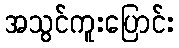
အသွင်ကူးပြောင်း